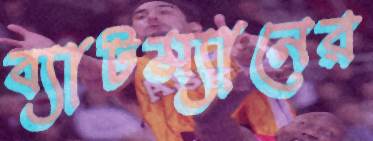
ব্যাটম্যানের